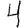
Digit: 4